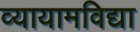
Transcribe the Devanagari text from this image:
व्यायामविद्या